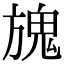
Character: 𩲌